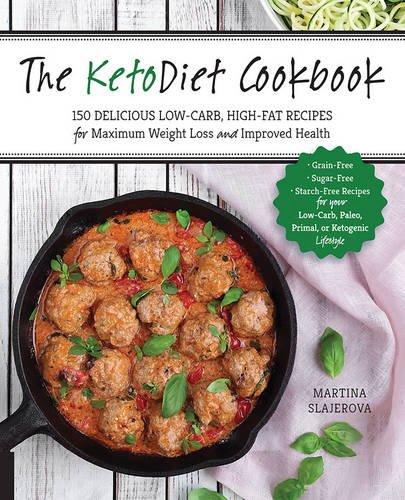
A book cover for The KetoDiet Cookbook: More Than 150 Delicious Low-Carb, High-Fat Recipes for Maximum Weight Loss and Improved Health -- Grain-Free, Sugar-Free, ... Paleo, Primal, or Ketogenic Lifestyle; Martina Slajerova; Cookbooks, Food & Wine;